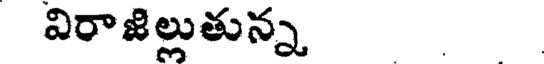
విరాజిల్లుతున్న